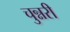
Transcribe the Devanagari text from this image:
चुन्नरी